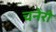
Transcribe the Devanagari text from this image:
चनेरी